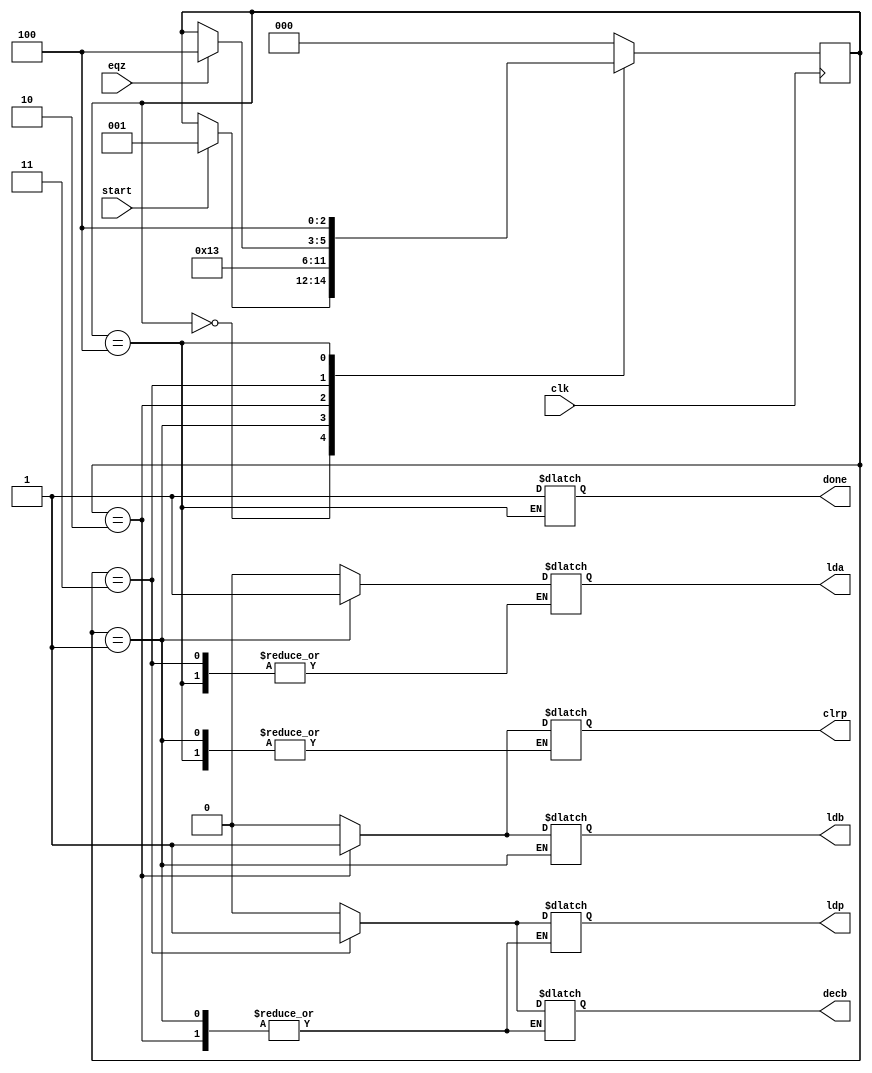
`timescale 1ns / 1ps
//////////////////////////////////////////////////////////////////////////////////
// Company: 
// Engineer: 
// 
// Design Name: 
// Module Name:    controller 
// Project Name: 
// Target Devices: 
// Tool versions: 
// Description: 
//
// Dependencies: 
//
// Revision: 
// Revision 0.01 - File Created
// Additional Comments: 
//
//////////////////////////////////////////////////////////////////////////////////
module controller(lda,ldb,ldp,clrp,decb,done,clk,eqz,start);
input clk,eqz,start;
output reg lda,ldb,ldp,clrp,decb,done;
reg [2:0] state;
parameter s0=3'b000, s1=3'b001, s2=3'b010, s3=3'b011, s4=3'b100;
always @(posedge clk)
begin
case(state)
s0: if(start) state<=s1;
s1: state<=s2;
s2: state<=s3;
s3: #2 if (eqz) state<=s4;
s4: state<=s4;
default: state<=s0;
endcase
end






always @(state)
begin
case(state)
s0: begin #1 lda=0; ldb=0; ldp=0; clrp=0; decb=0; end
s1: begin #1 lda=1; end
s2: begin #1 lda=0; ldb=1; clrp=1; end
s3: begin #1 ldb=0; ldp=1; clrp=0; decb=1; end
s4: begin #1 done=1; ldb=0; ldp=0; decb=0; end
default: begin #1 lda=0; ldb=0; ldp=0; clrp=0; decb=0; end
endcase
end

endmodule